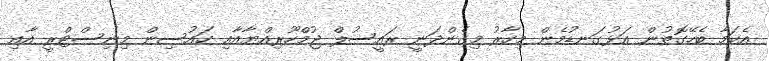
އެކަމާ ބެހޭގޮތުން އަޅުގަނޑުމެން މިހާރު މިގެންދަނީ ރައީސުލް ޖުމްހޫރިއްޔާއާއި ހައުސިން މިނިސްޓްރީ އާއި